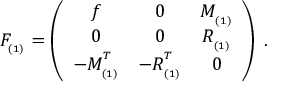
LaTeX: F _ { _ { ( 1 ) } } = \left( \begin{array} { c c c } { { f } } & { { 0 } } & { { M _ { _ { ( 1 ) } } } } \\ { { 0 } } & { { 0 } } & { { R _ { _ { ( 1 ) } } } } \\ { { - M _ { _ { ( 1 ) } } ^ { ^ T } } } & { { - R _ { _ { ( 1 ) } } ^ { ^ T } } } & { { 0 } } \end{array} \right) \; .